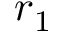
r _ { 1 }